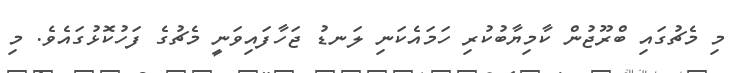
މި މެޗުގައި ބްރޫޖުން ކާމިޔާބުކުރި ހަމައެކަނި ލަނޑު ޖަހާފައިވަނީ މެޗުގެ ފަހުކޮޅުގައެވެ. މި